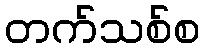
တက်သစ်စ